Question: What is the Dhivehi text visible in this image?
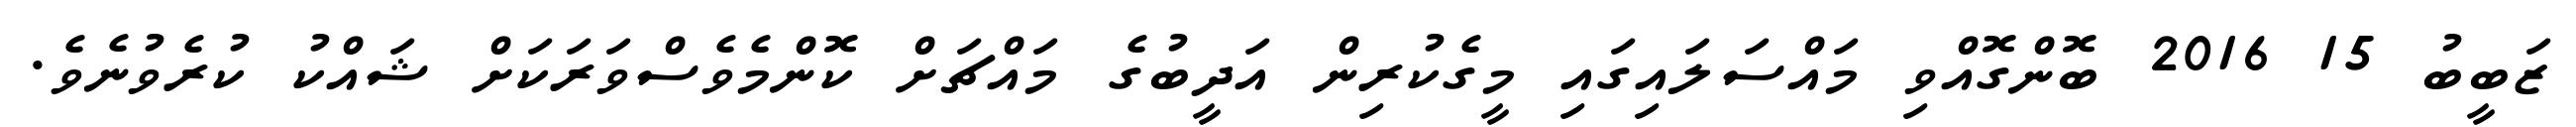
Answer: ޒަބީބު 15 2016 ބޮންގޮއްވި މައްސަލައިގައި މީގެކުރިން އަދީބުގެ މައްޗަށް ކޮންމެވެސްވަރަކަށް ޝައްކު ކުރެވުނެވެ.